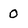
Character: 0